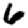
Digit: 6